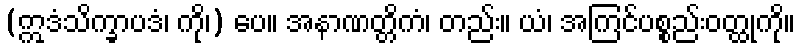
(ဣဒံသိက္ခာပဒံ၊ ကို၊) ပေ။ အနာဏတ္တိကံ၊ တည်း။ ယံ၊ အကြင်ပစ္စည်းဝတ္ထုကို။